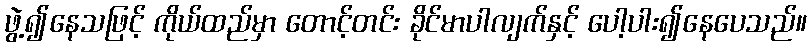
ဖွဲ့၍နေသဖြင့် ကိုယ်ထည်မှာ တောင့်တင်း ခိုင်မာပါလျက်နှင့် ပေါ့ပါး၍နေပေသည်။